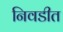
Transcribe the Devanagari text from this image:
निवडीत